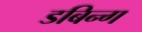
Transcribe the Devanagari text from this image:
डबिन्ग